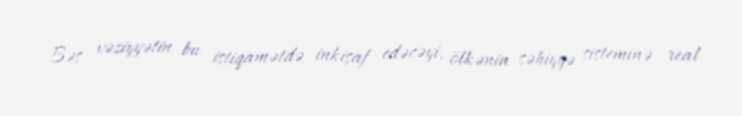
Bəs vəziyyətin bu istiqamətdə inkişaf edəcəyi, ölkənin səhiyyə sisteminə real